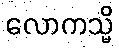
လောကသ္မိ